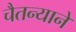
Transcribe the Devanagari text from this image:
चैतन्याने